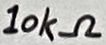
Text: 10kΩ